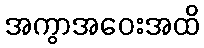
အကွာအဝေးအထိ